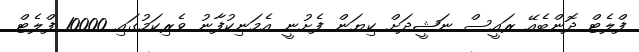
ފްލެޓް ދޮންބެއޭ ރައީސް ނަޝީދަށް ކިޔަން ފެށުނީ އެމަނިކުފާނު ވެރިކަމުގައި 10000 ފްލެޓް